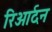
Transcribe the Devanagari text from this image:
रिओर्दन